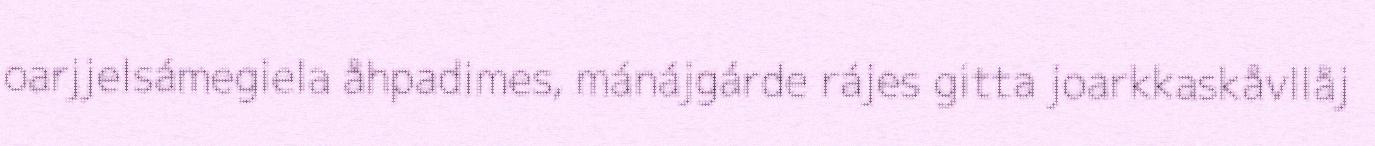
oarjjelsámegiela åhpadimes, mánájgárde rájes gitta joarkkaskåvllåj